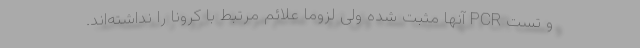
و تست PCR آنها مثبت شده ولی لزوماً علائم مرتبط با کرونا را نداشته‌اند.